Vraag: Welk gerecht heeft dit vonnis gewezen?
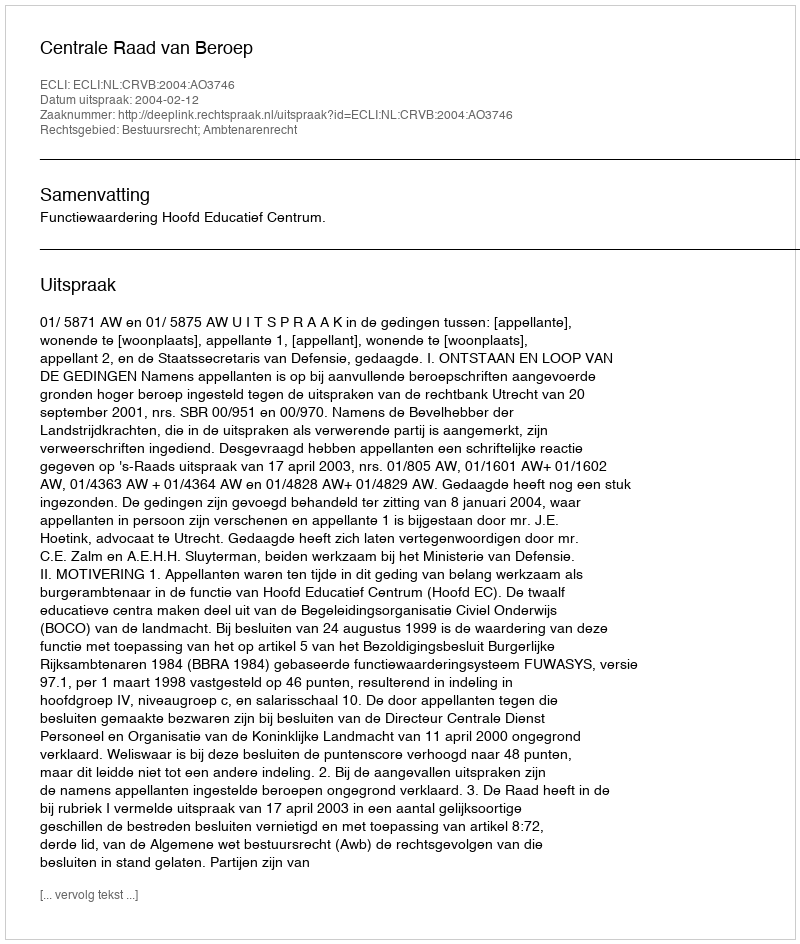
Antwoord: Centrale Raad van Beroep